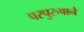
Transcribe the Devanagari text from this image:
परपुरुषाने